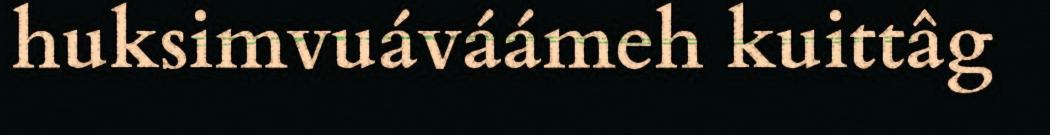
huksimvuáváámeh kuittâg